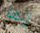
إنها